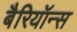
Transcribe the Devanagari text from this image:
बैरियॉन्स